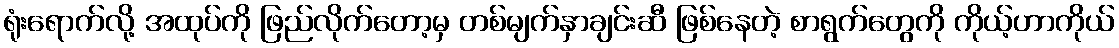
ရုံးရောက်လို့ အထုပ်ကို ဖြည်လိုက်တော့မှ တစ်မျက်နှာချင်းဆီ ဖြစ်နေတဲ့ စာရွက်တွေကို ကိုယ့်ဟာကိုယ်